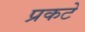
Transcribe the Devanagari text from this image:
प्रकटे